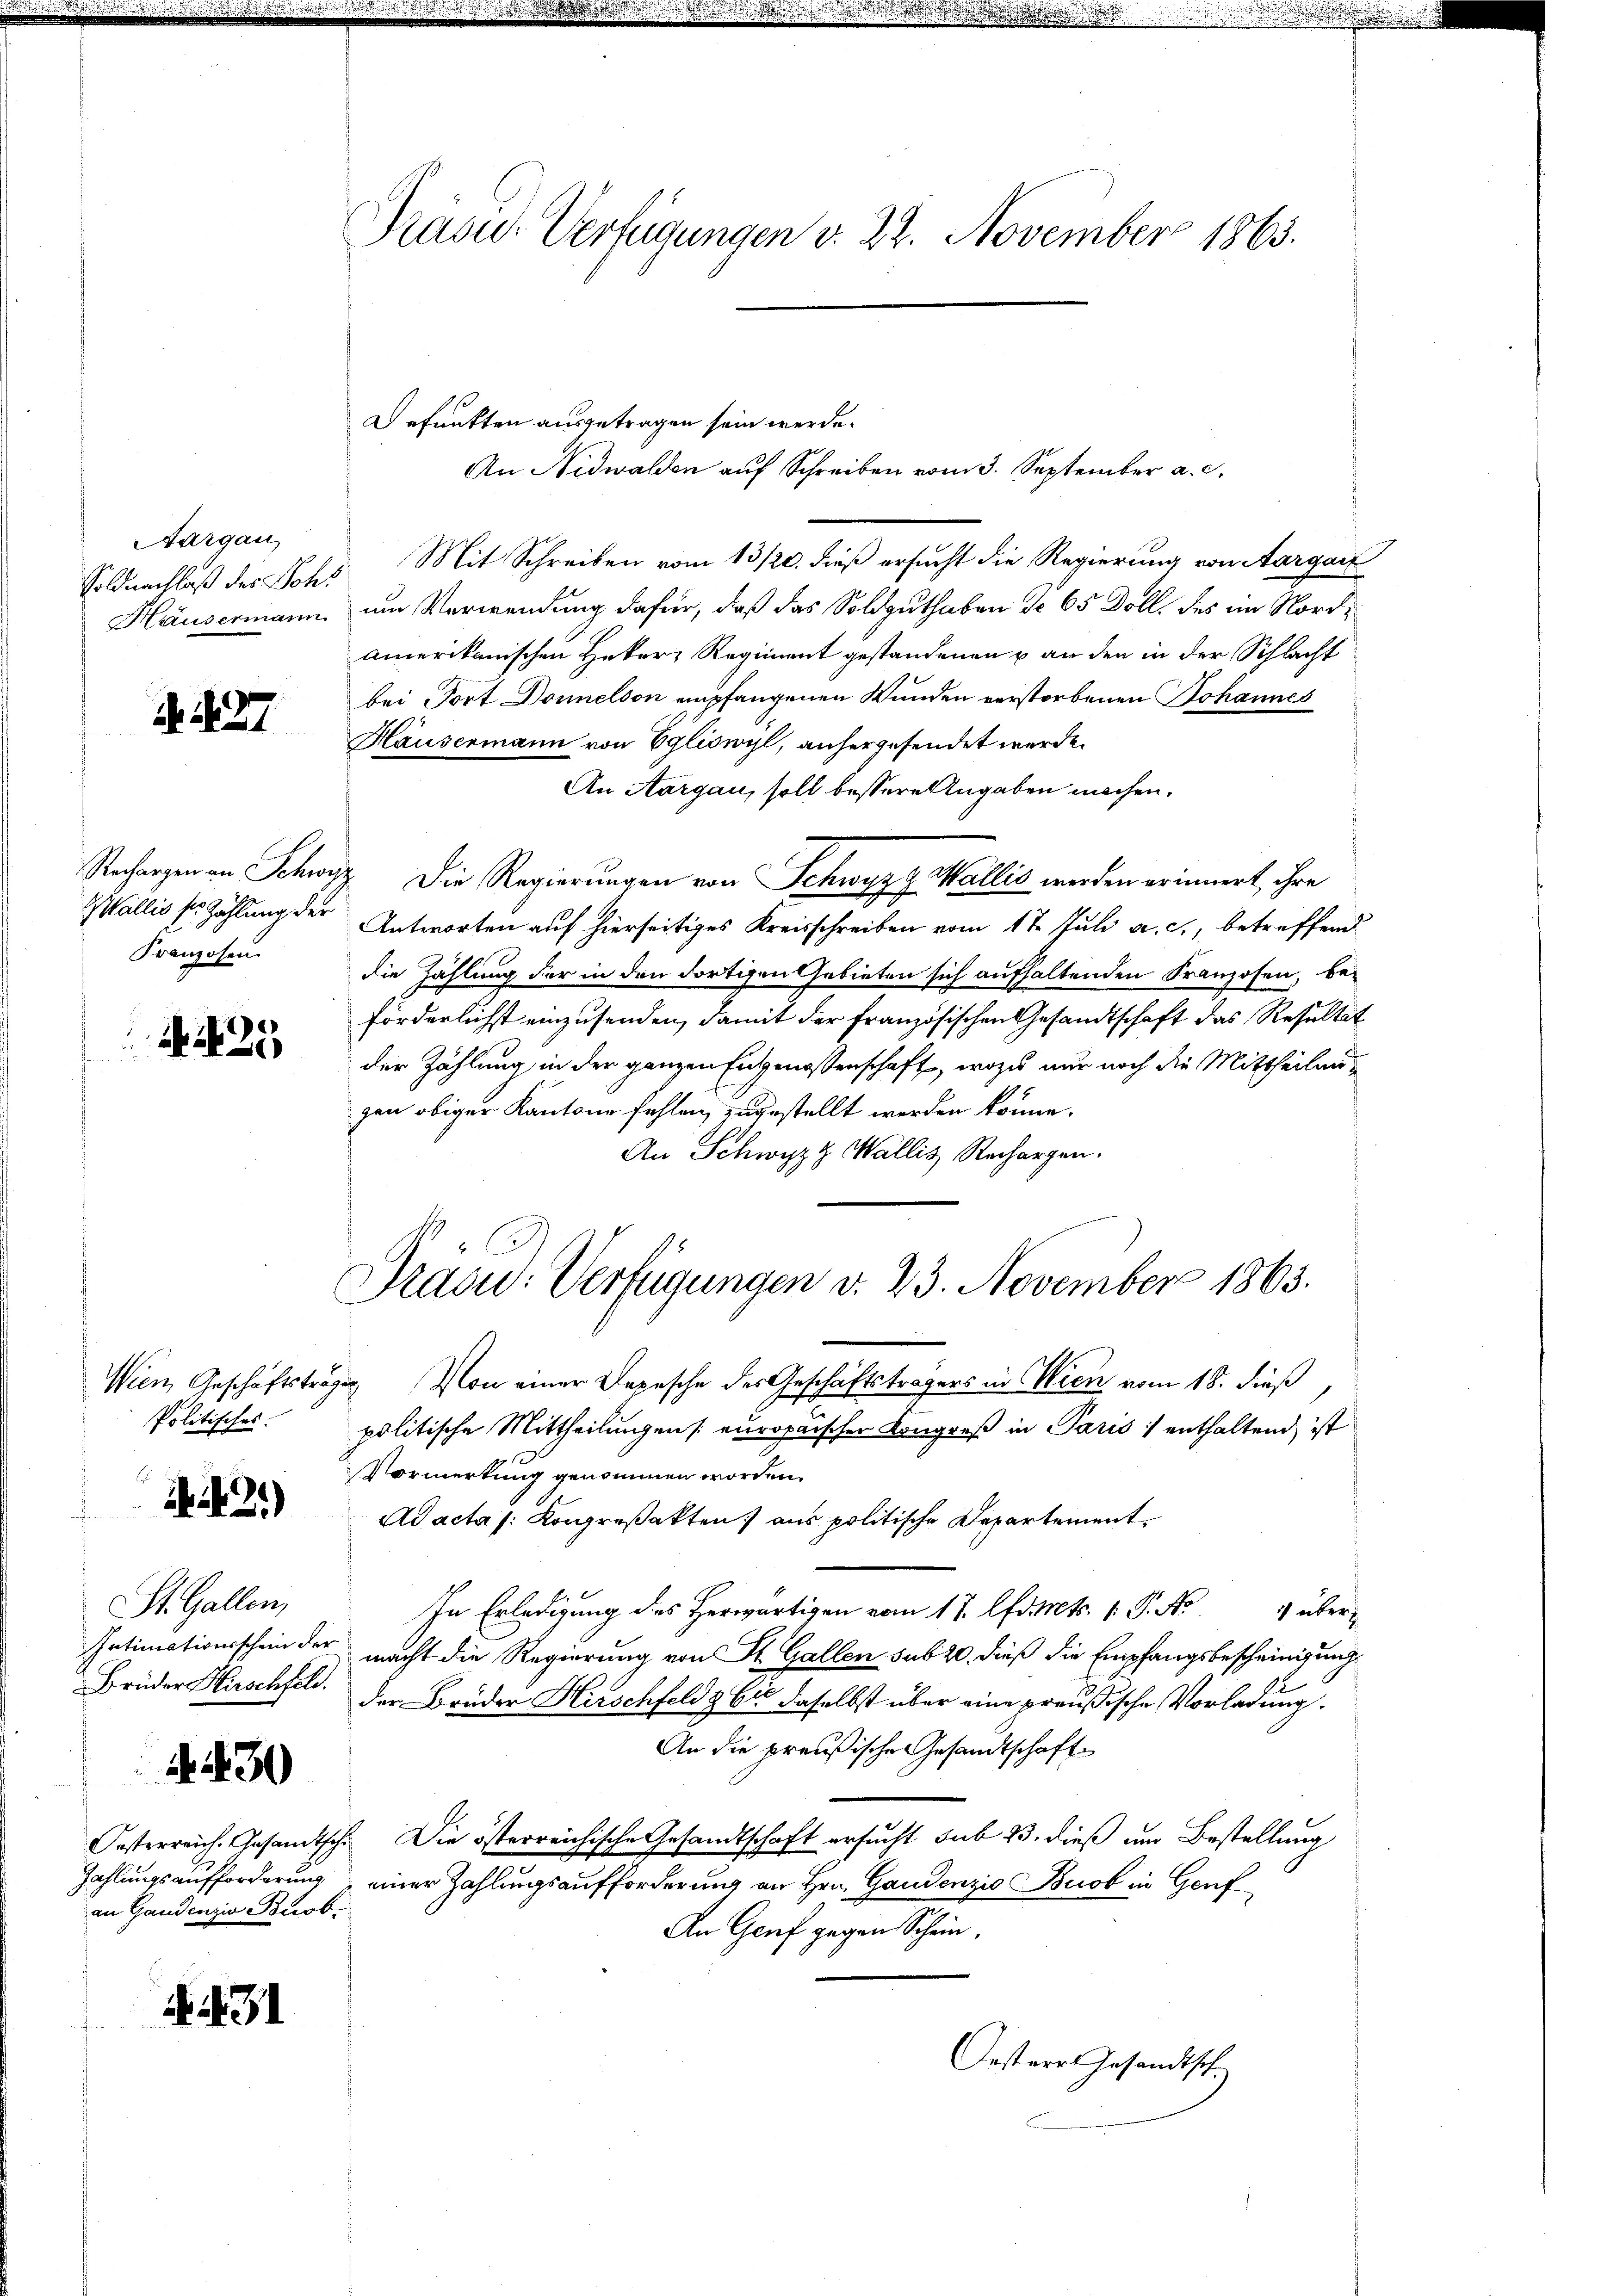
Aargau,

N. N. 27

Wallis ser Zählung der
Franzosen.

A 25

Politisches.

21)

St. Gallen,

230

an Gandenzia Buob.

N 31

Präsu- Verfügungen v. 22. November 1863.

Befunkten ausgetragen sein werde.
An Nidwalden auf Schreiben vom 3. September a. c.
Soldnachlaß des Johs. Mit Schreiben vom 13/20. dieß ersucht die Regierung von Aargart
Häusermann um Verwendung dafür, daß das Soldguthaben de 65 Doll, des im Nordamerikanischen Heker Regiment gestandenen & an den in der Schlacht
bei Tort Donnelson empfangenen Wunden verstorbenen Johannes
Häusermann von Egliswyl, anhergesendet werde.
An Aargau, soll bessere Angaben machen.
Rechargen an Schwyz die Regierungen von Schwyzg Wallis werden erinnert, ihre
Antworten auf hierseitiges Kreisschreiben vom 17. Juli a. c., betreffend
die Zahlung der in den dortigen Gebieten sich aufhaltenden Franzosen, beförderlichst einzusenden, damit der französischen Gesandtschaft das Resultat
der Zählung in der ganzen Entgenossenschaft, wozu nur noch die Mittheilung
gen obiger Kantone fehlen, zugestellt werden könne.
An Schwyzt Wallis Rechargen.
Präsid. Verfügungen d. 23. November 1863.
Wien, Geschäftsträgen. Von einer Depesche des Geschäftsträgers in Wien vom 18. dieß
politische Mittheilungen europäischen Kongreß in Paris :/ enthaltend, ist
Vormerkung genommen worden.
Ad acta /: Kongreßakten aus politische Departement¬
In Erledigung des Herwärtigen vom 17. d. Mts. 1 P. No 4 über¬
Intimationsschein der macht die Regierung von St. Gallen sub 20. dieß die Empfangsbescheinigung
Brüder Hirschfeld. Der Brüder Hirschfeldz bis daselbst über eine preußische Vorladung.
An die preußische Gesandtschaft
Oesterreich. Gesandtsch. Die österreichische Gesandtschaft ersucht sub 23. dieß um Bestellung
Zahlungsaufforderung einer Zahlungsaufforderung an Hrn. Gaudenzia Brot in Genf
An Genf gegen Schein.

Orstere Gesandtsch